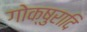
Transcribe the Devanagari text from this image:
गोक्षुरादि